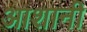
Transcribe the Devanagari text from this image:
आशानी